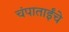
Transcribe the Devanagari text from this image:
चंपाताईंचे